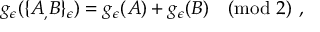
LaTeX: g _ { \epsilon } ( \{ A _ { , } B \} _ { \epsilon } ) = g _ { \epsilon } ( A ) + g _ { \epsilon } ( B ) \pmod 2 \ ,